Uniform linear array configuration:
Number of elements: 32
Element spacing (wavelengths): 0.5
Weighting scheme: cosine
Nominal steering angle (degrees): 60
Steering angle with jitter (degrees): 60.468
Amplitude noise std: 0.05
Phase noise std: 0.05

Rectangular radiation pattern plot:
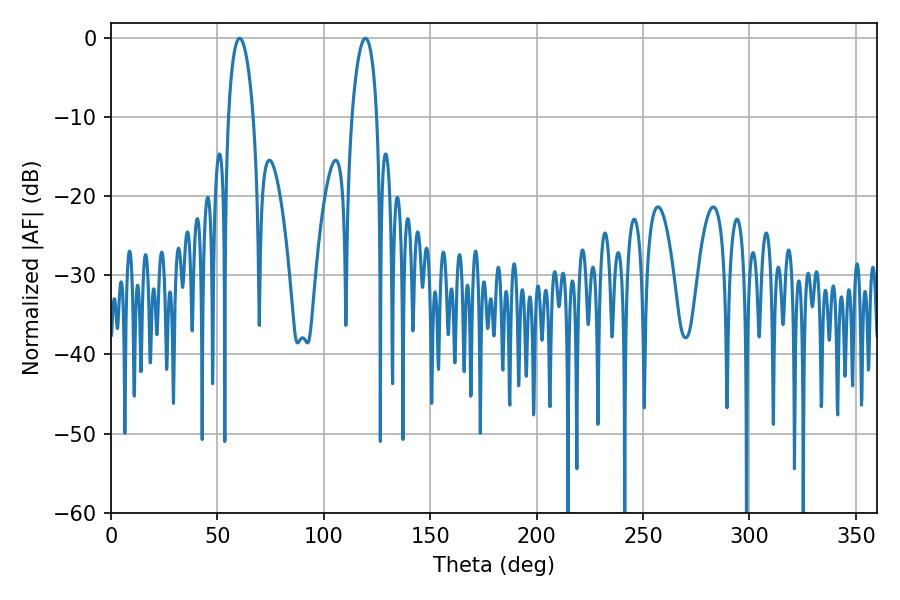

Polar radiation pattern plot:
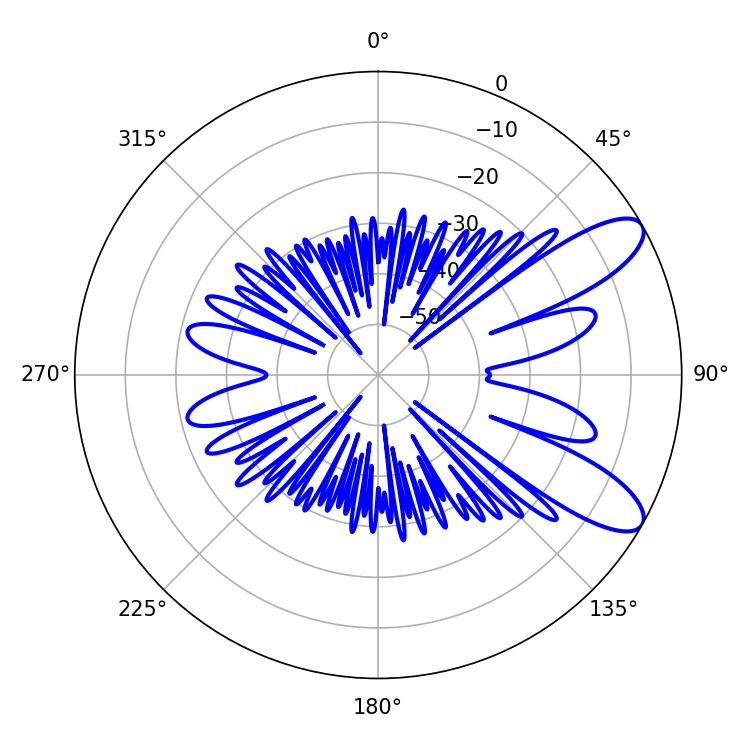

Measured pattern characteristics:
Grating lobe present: FALSE
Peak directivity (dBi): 9.583
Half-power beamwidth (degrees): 6.66
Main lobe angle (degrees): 60.48